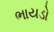
ભાયડો